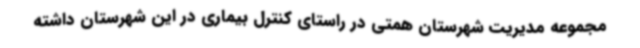
مجموعه مدیریت شهرستان همتی در راستای کنترل بیماری در این شهرستان داشته